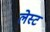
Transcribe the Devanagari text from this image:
लेस्ट